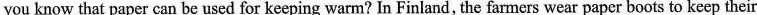
you know that paper can be used for keeping warm? In Finland, the farmers wear paper boots to keep their